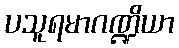
ပသူရမာဂဏ္ဍိယာ